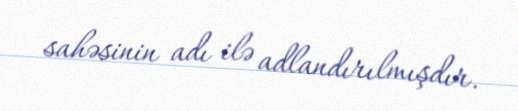
sahəsinin adı ilə adlandırılmışdır.